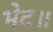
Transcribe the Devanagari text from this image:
भेद॥